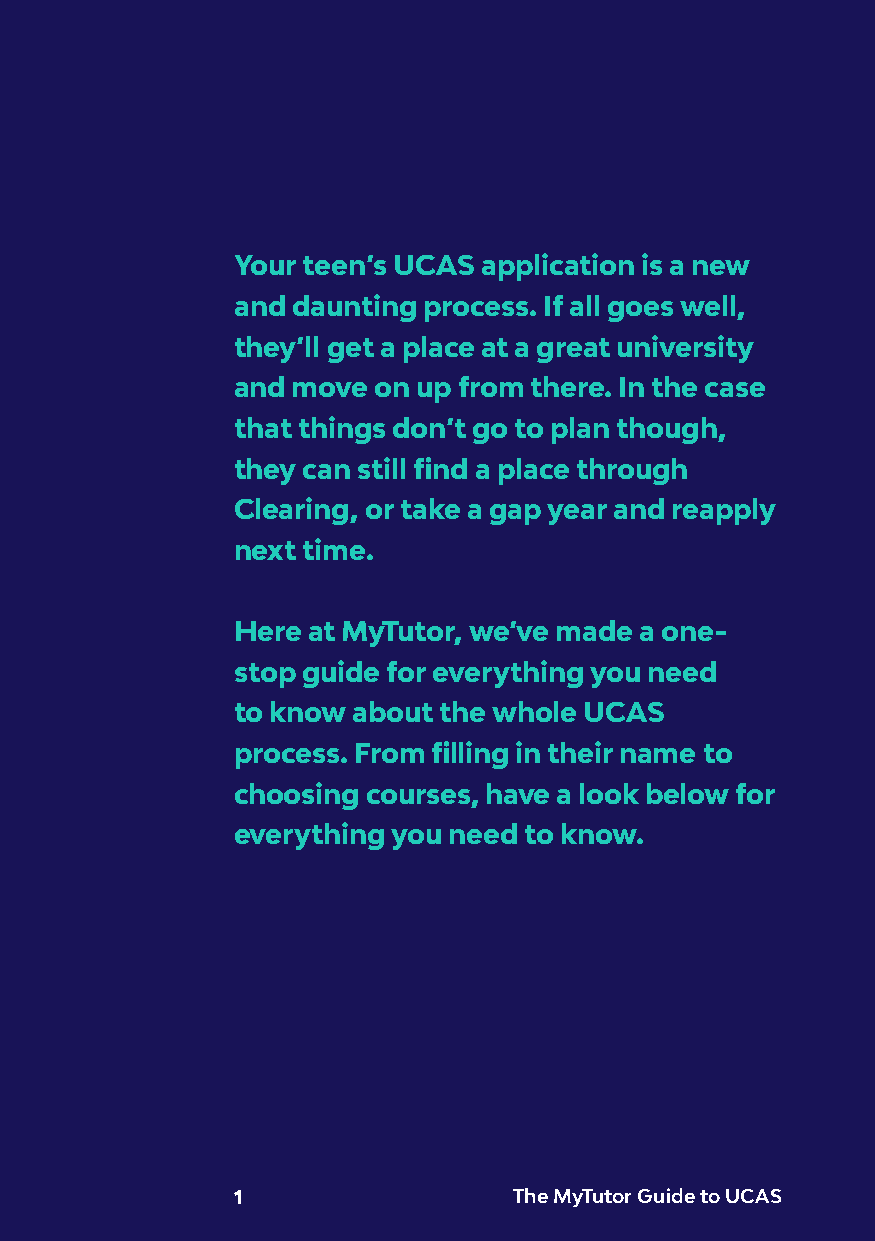
Your teen’s UCAS application is a new
 and daunting process. If all goes well,
 they’ll get a place at a great university
 and move  on up from there. In the case
 that things don’t go to plan though,
 they can still find a place through
 Clearing, or take a gap year and reapply
 next time.
 Here at MyTutor, we’ve made a one-
 stop guide for everything you need
 to know about the whole UCAS
 process. From filling in their name to
 choosing courses, have a look below for
 everything you need to know.
 1                  The MyTutor Guide to UCAS